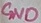
Text: GND